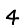
Digit: 4